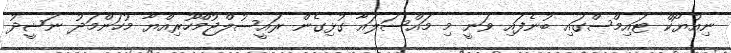
ނިއުޔޯކް ޓައިމްސްގައި ބުނެފައި ވަނީ މި މައްސަލައާ ގުޅިގެން ރައީސުލްޖުމްހޫރިއްޔާ މުހަންމަދު ނަޝީދު